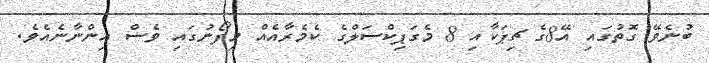
ބުނެވޭ ގޮތުގައި އޭ8ގެ ޗިޕަކާއި 8 މެގަޕިކްސަލްގެ ކެމެރާއެއް މިފޯނުގައި ވެސް އިންނާނެއެވެ.